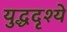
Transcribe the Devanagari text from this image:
युद्धदृश्ये